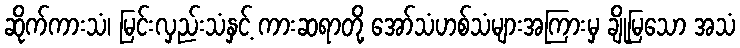
ဆိုက်ကားသံ၊ မြင်းလှည်းသံနှင့် ကားဆရာတို့ အော်သံဟစ်သံများအကြားမှ ချိုမြသော အသံ